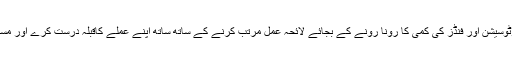
میونسپل کمیٹی محض وقتی کارکردگی کاڈھول پیٹنے، فوٹوسیشن اور فنڈز کی کمی کا رونا رونے کے بجائے لائحہ عمل مرتب کرنے کے ساتھ ساتھ اپنے عملے کاقبلہ درست کرے اور مستقل بنیادوں پر ڈیوٹیوں کی جانچ پڑتال کا فریضہ نبھائے۔